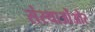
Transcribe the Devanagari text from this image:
संस्थाओंऔर